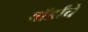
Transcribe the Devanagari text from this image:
वॉर्डांचे